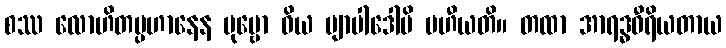
စဿ လောဟိတပ္ပဟာနေန ပုဗ္ဗော ဝိယ ဗျာပါဒေါပိ ပဟီယတိ။ တထာ အာရဒ္ဓဝီရိယတာယ